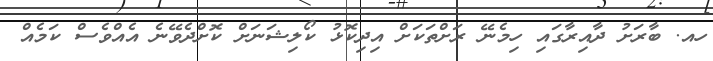
ހއ. ބާރަށު ދާއިރާގައި ހިމެނޭ ރަށްތަކަށް އިދިކޮޅު ކޯލިޝަނަށް ކޮށްދެވޭނެ އެއްވެސް ކަމެއް